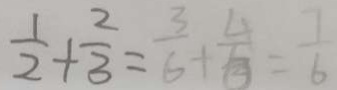
\frac { 1 } { 2 } + \frac { 2 } { 3 } = \frac { 3 } { 6 } + \frac { 4 } { 6 } = \frac { 7 } { 6 }